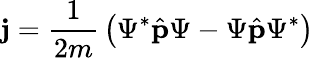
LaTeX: \mathbf{j}={\frac{1}{2m}}\left(\Psi^{*}{\hat{\mathbf{p}}}\Psi-\Psi{\hat{\mathbf{p}}}\Psi^{*}\right)\,